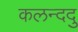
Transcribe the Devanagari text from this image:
कलन्ददु